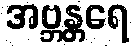
အဗ္ဘန္တရေ